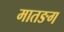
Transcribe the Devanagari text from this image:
मातङग